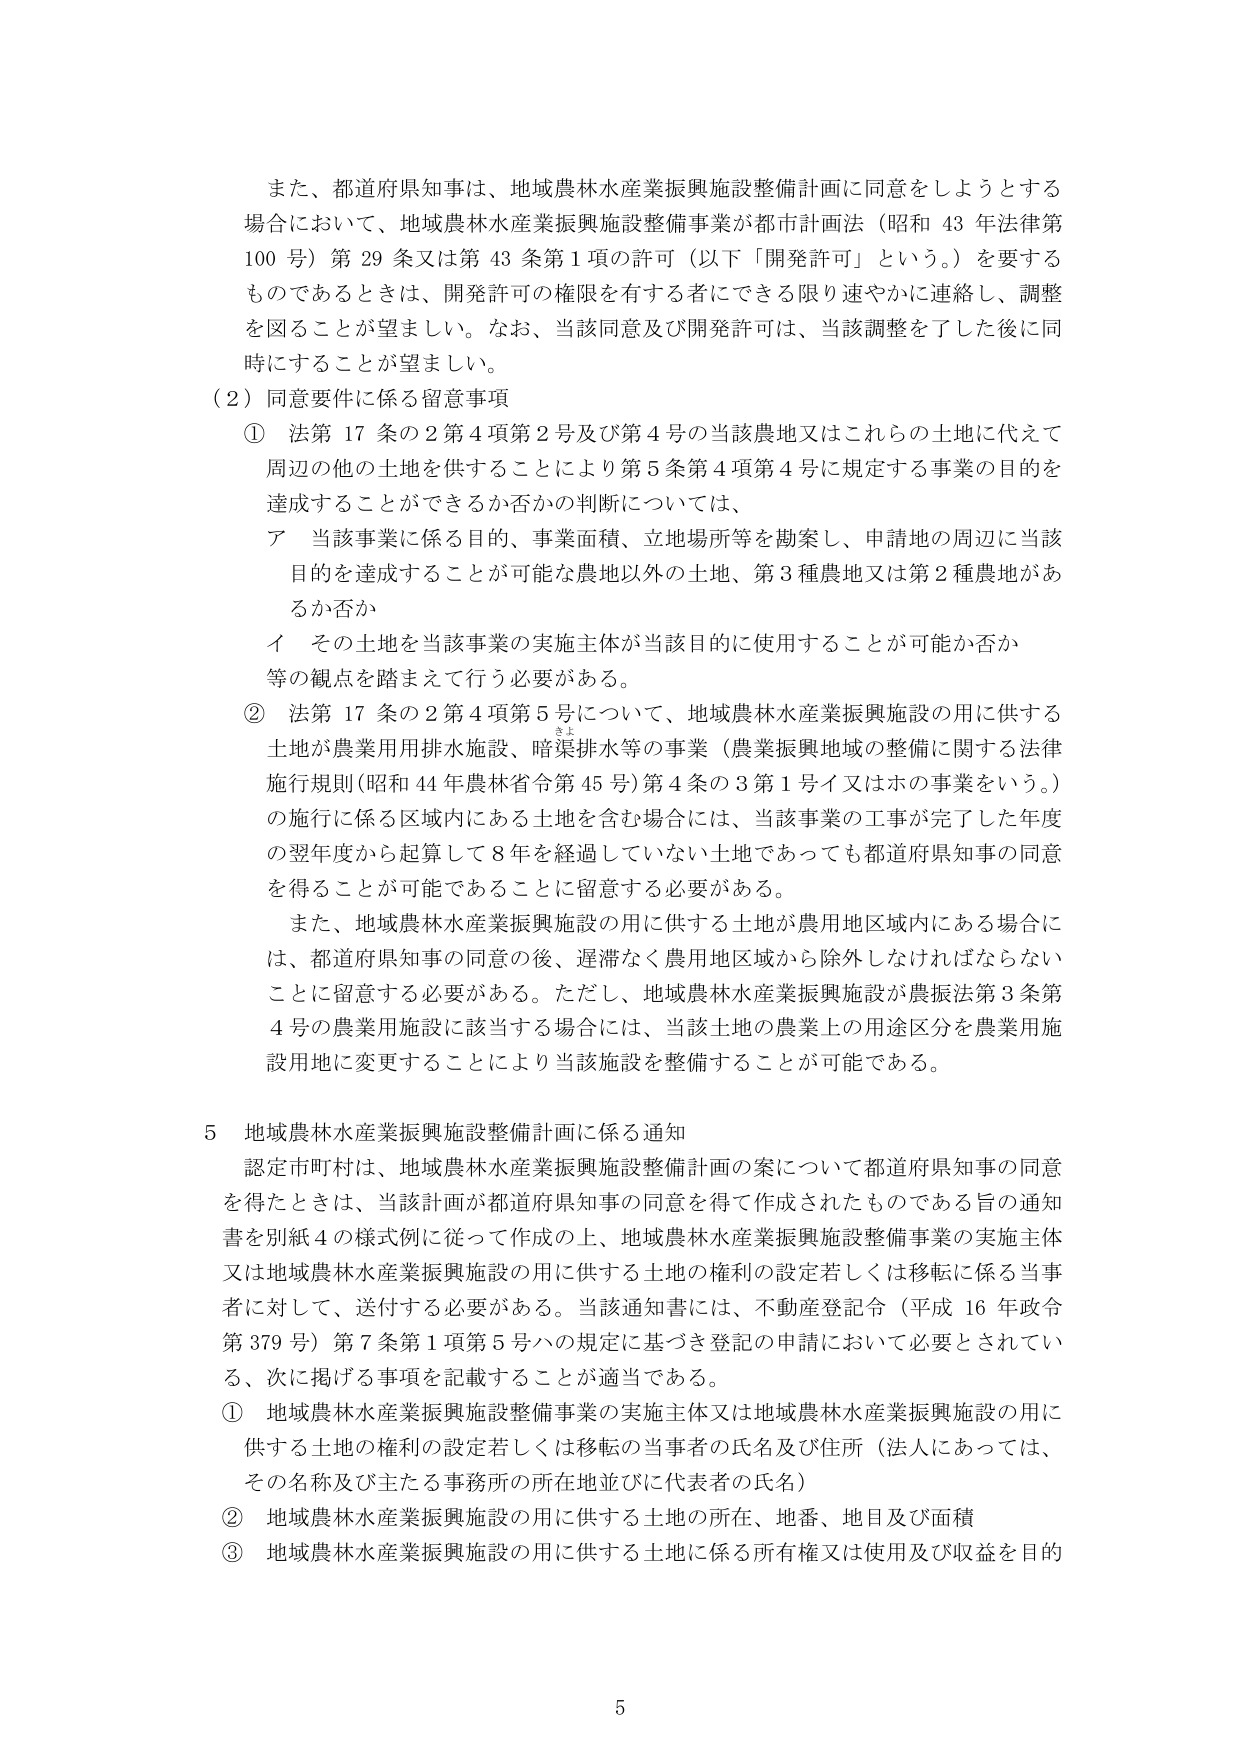
また、都道府県知事は、地域農林水産業振興施設整備計画に同意をしようとする場合において、地域農林水産業振興施設整備事業が都市計画法（昭和43年法律第100号）第29条又は第43条第1項の許可（以下「開発許可」という。）を要するものであるときは、開発許可の権限を有する者にできる限り速やかに連絡し、調整を図ることが望ましい。なお、当該同意及び開発許可は、当該調整を了した後に同時にすることが望ましい。

（2）同意要件に係る留意事項

① 法第17条の2第4項第2号及び第4号の当該農地又はこれらの土地に代えて周辺の他の土地を供することにより第5条第4項第4号に規定する事業の目的を達成することができるか否かの判断については、

ア 当該事業に係る目的、事業面積、立地場所等を勘案し、申請地の周辺に当該目的を達成することが可能な農地以外の土地、第3種農地又は第2種農地があるか否か

イ その土地を当該事業の実施主体が当該目的に使用することが可能か否か

等の観点を踏まえて行う必要がある。

② 法第17条の2第4項第5号について、地域農林水産業振興施設の用に供する土地が農業用排水施設、暗渠排水等の事業（農業振興地域の整備に関する法律施行規則（昭和44年農林省令第45号）第4条の3第1号イ又はホの事業をいう。）の施行に係る区域内にある土地を含む場合には、当該事業の工事が完了した年度の翌年度から起算して8年を経過していない土地であっても都道府県知事の同意を得ることが可能であることに留意する必要がある。

また、地域農林水産業振興施設の用に供する土地が農用地区域内にある場合には、都道府県知事の同意の後、遅滞なく農用地域から除外しなければならないことに留意する必要がある。ただし、地域農林水産業振興施設が農振法第3条第4号の農業用施設に該当する場合には、当該土地の農業上の用途区分を農業用施設用地に変更することにより当該施設を整備することが可能である。

5 地域農林水産業振興施設整備計画に係る通知

認定市町村は、地域農林水産業振興施設整備計画の案について都道府県知事の同意を得たときは、当該計画が都道府県知事の同意を得て作成されたものである旨の通知書を別紙4の様式例に従って作成の上、地域農林水産業振興施設整備事業の実施主体又は地域農林水産業振興施設の用に供する土地の権利の設定若しくは移転に係る当事者に対して、送付する必要がある。当該通知書には、不動産登記令（平成16年政令第379号）第7条第1項第5号ハの規定に基づき登記の申請において必要とされている、次に掲げる事項を記載することが適当である。

① 地域農林水産業振興施設整備事業の実施主体又は地域農林水産業振興施設の用に供する土地の権利の設定若しくは移転の当事者の氏名及び住所（法人にあっては、その名称及び主たる事務所の所在地並びに代表者の氏名）

② 地域農林水産業振興施設の用に供する土地の所在、地番、地目及び面積

③ 地域農林水産業振興施設の用に供する土地に係る所有権又は使用及び収益を目的

5